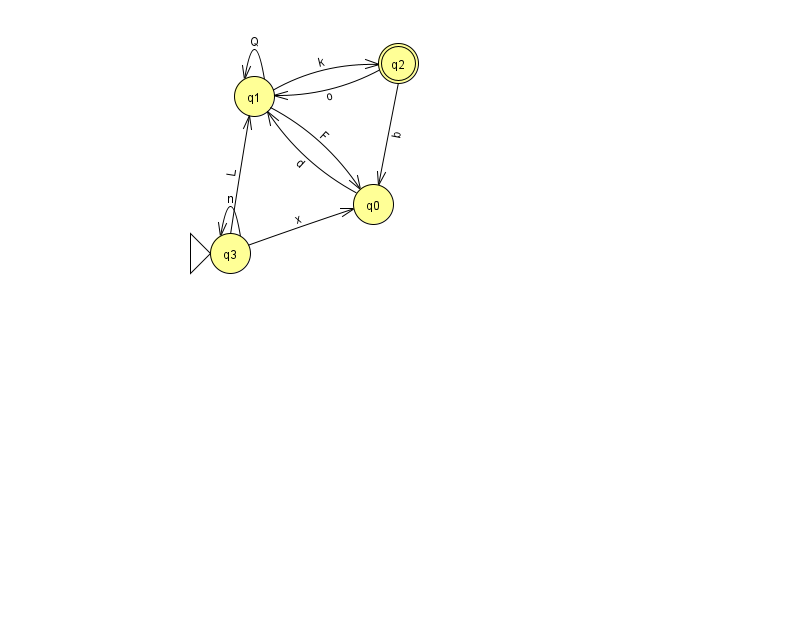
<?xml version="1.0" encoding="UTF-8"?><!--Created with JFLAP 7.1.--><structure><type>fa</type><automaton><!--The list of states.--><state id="0" name="q0"><x>373.0</x><y>191.0</y></state><state id="1" name="q1"><x>254.0</x><y>83.0</y></state><state id="2" name="q2"><x>398.0</x><y>50.0</y><final/></state><state id="3" name="q3"><x>230.0</x><y>240.0</y><initial/></state><!--The list of transitions.--><transition><from>0</from><to>1</to><read>d</read></transition><transition><from>1</from><to>1</to><read>Q</read></transition><transition><from>1</from><to>0</to><read>F</read></transition><transition><from>2</from><to>1</to><read>o</read></transition><transition><from>1</from><to>2</to><read>k</read></transition><transition><from>2</from><to>0</to><read>b</read></transition><transition><from>3</from><to>1</to><read>L</read></transition><transition><from>3</from><to>3</to><read>n</read></transition><transition><from>3</from><to>0</to><read>x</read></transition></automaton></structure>